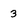
Character: 3